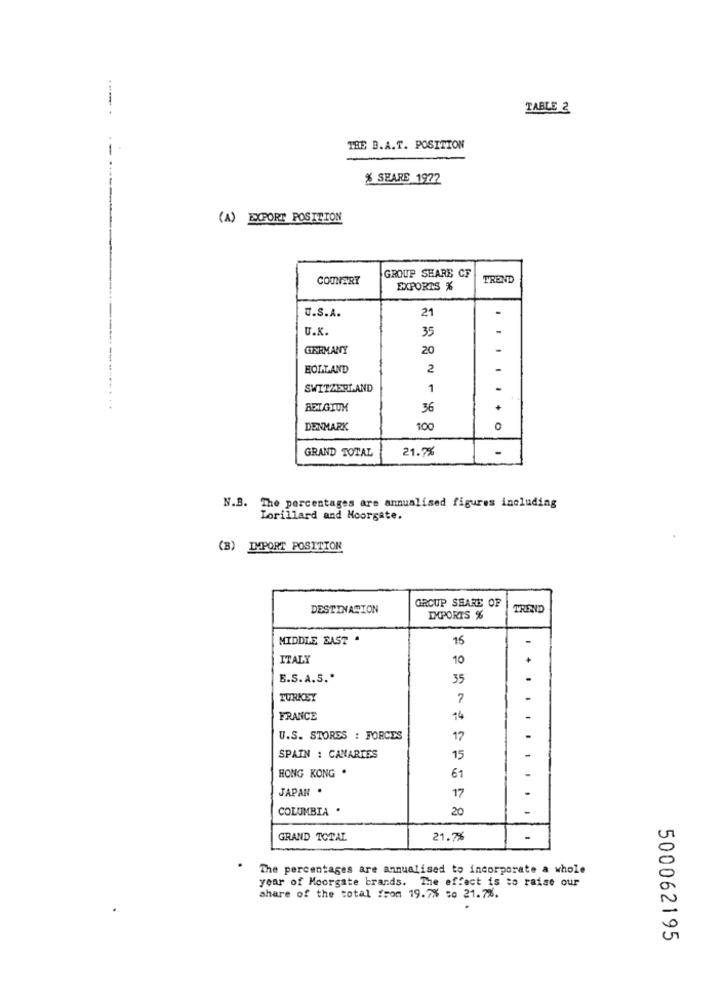
TABLE 2
THE B.A.T. POSITION
% SEARE 1972
(A) EXPORT POSITION
GROUP SHARE CF
COUNERT
TREND
EXPORTS %
21
.
U.S.A.
U.K.
35
-
GERMANY
20
HOLLAND
2
SWITZERLAND
1
........ . ..
BELGIUM
36
+
......
DENMARK
100
GRAND TOTAL
21.7%
N.B. The percentages are annualised figures including
Lorillard and Moorgate.
(B) IMPORT POSITION
GROUP SHARE OF
DESTINATION
TREND
IMPORTS %
MIDDLE EAST .
15
ITALY
10
E.S.A.S .*
35
-
TURKEY
7
FRANCE
14
U.S. STORES : FORCES
17
.
SPAIN : CANARIES
15
HONG KONG .
61
JAPAN .
17
.
... ......
COLUMBIA .
20
GRAND TOTAL
21.7%
-
The percentages are annualised to incorporate a whole
year of Moorgate brands. The effect is to raise our
share of the total from 19.7% to 21.7%.
500062195